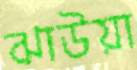
ঝাউয়া